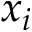
x _ { i }